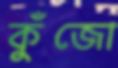
কুঁজো